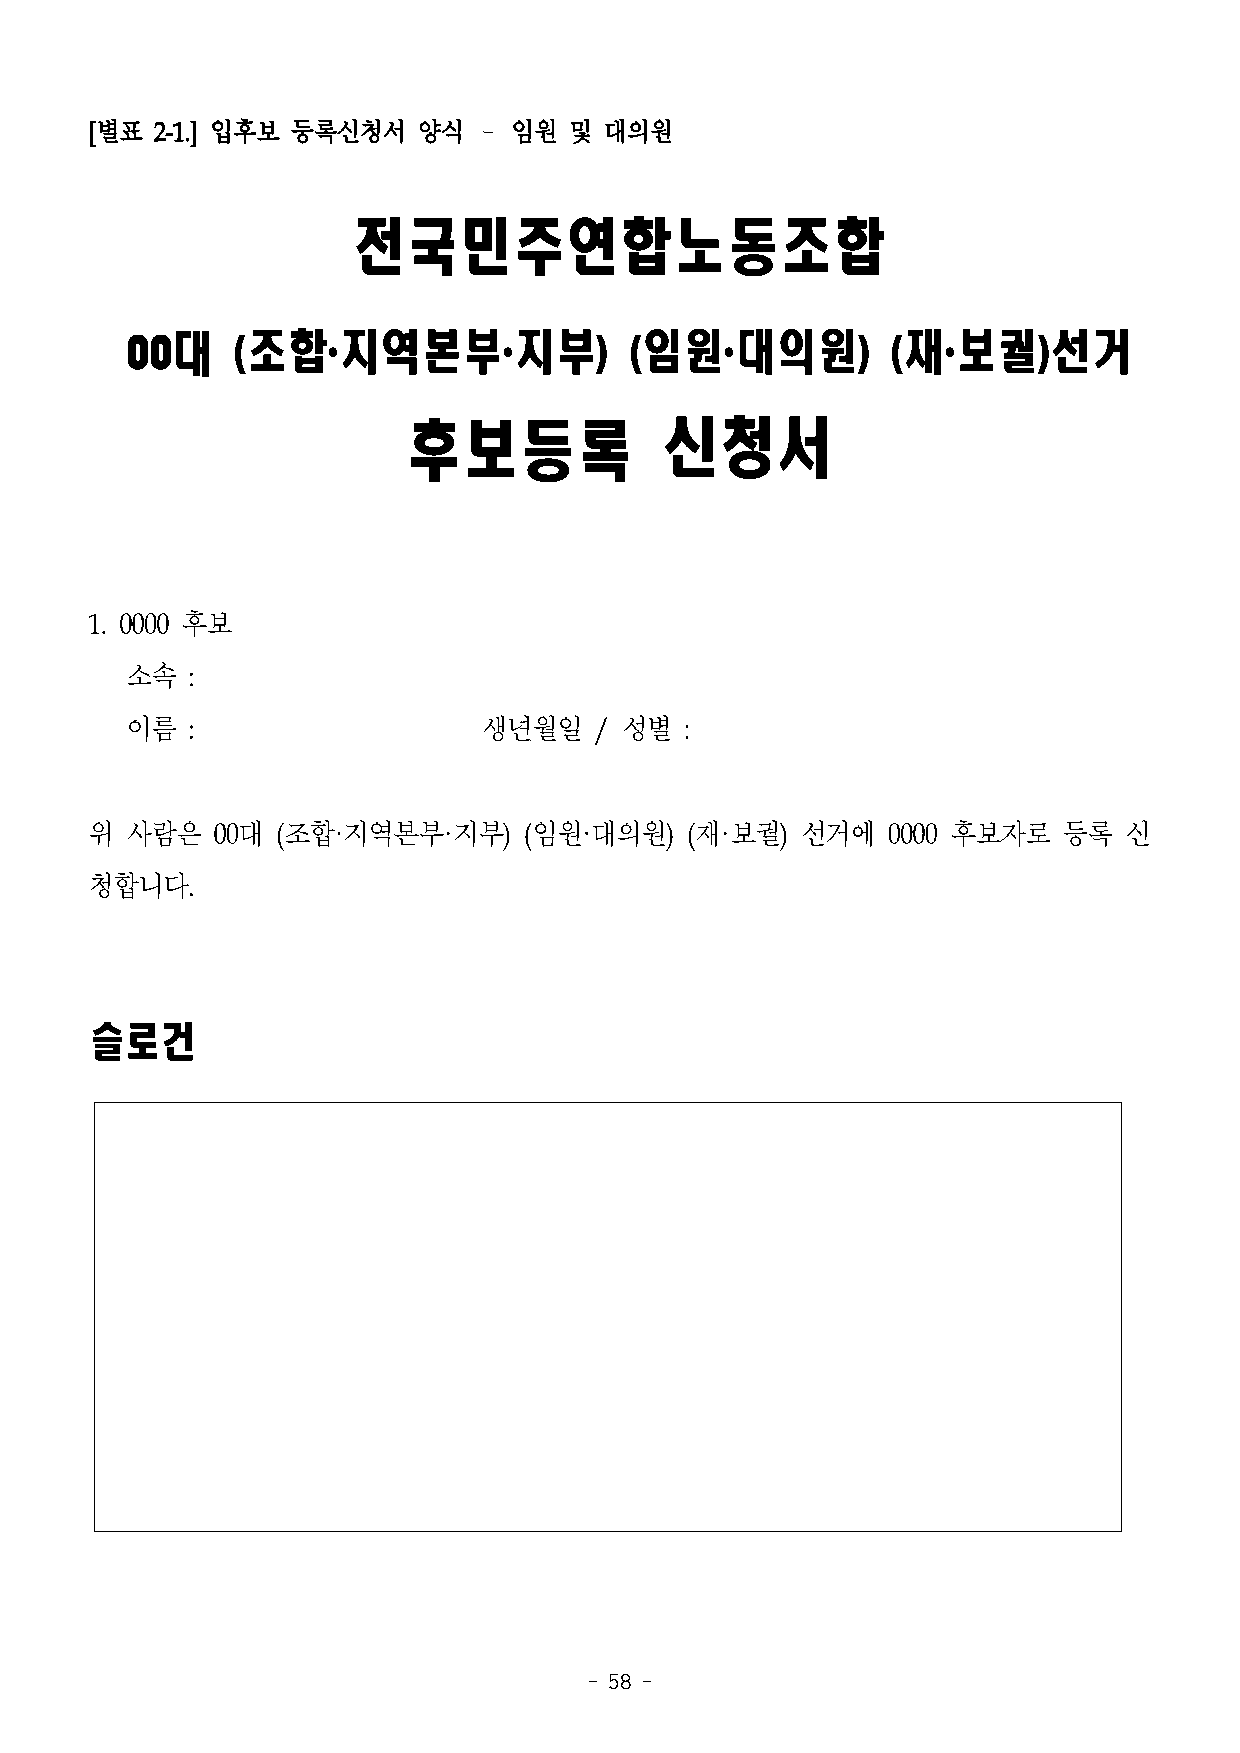
[별표 2-1.] 입후보 등록신청서   양식 –  임원  및 대의원
 전국민주연합노동조합
 00대    (조합·지역본부·지부)               (임원·대의원)         (재·보궐)선거
 후보등록             신청서
 1. 0000 후보
 소속  :
 이름  :                   생년월일   / 성별  :
 위 사람은   00대 (조합·지역본부·지부)     (임원·대의원)  (재·보궐)  선거에   0000 후보자로  등록  신
 청합니다.
 슬로건
 - 58 -